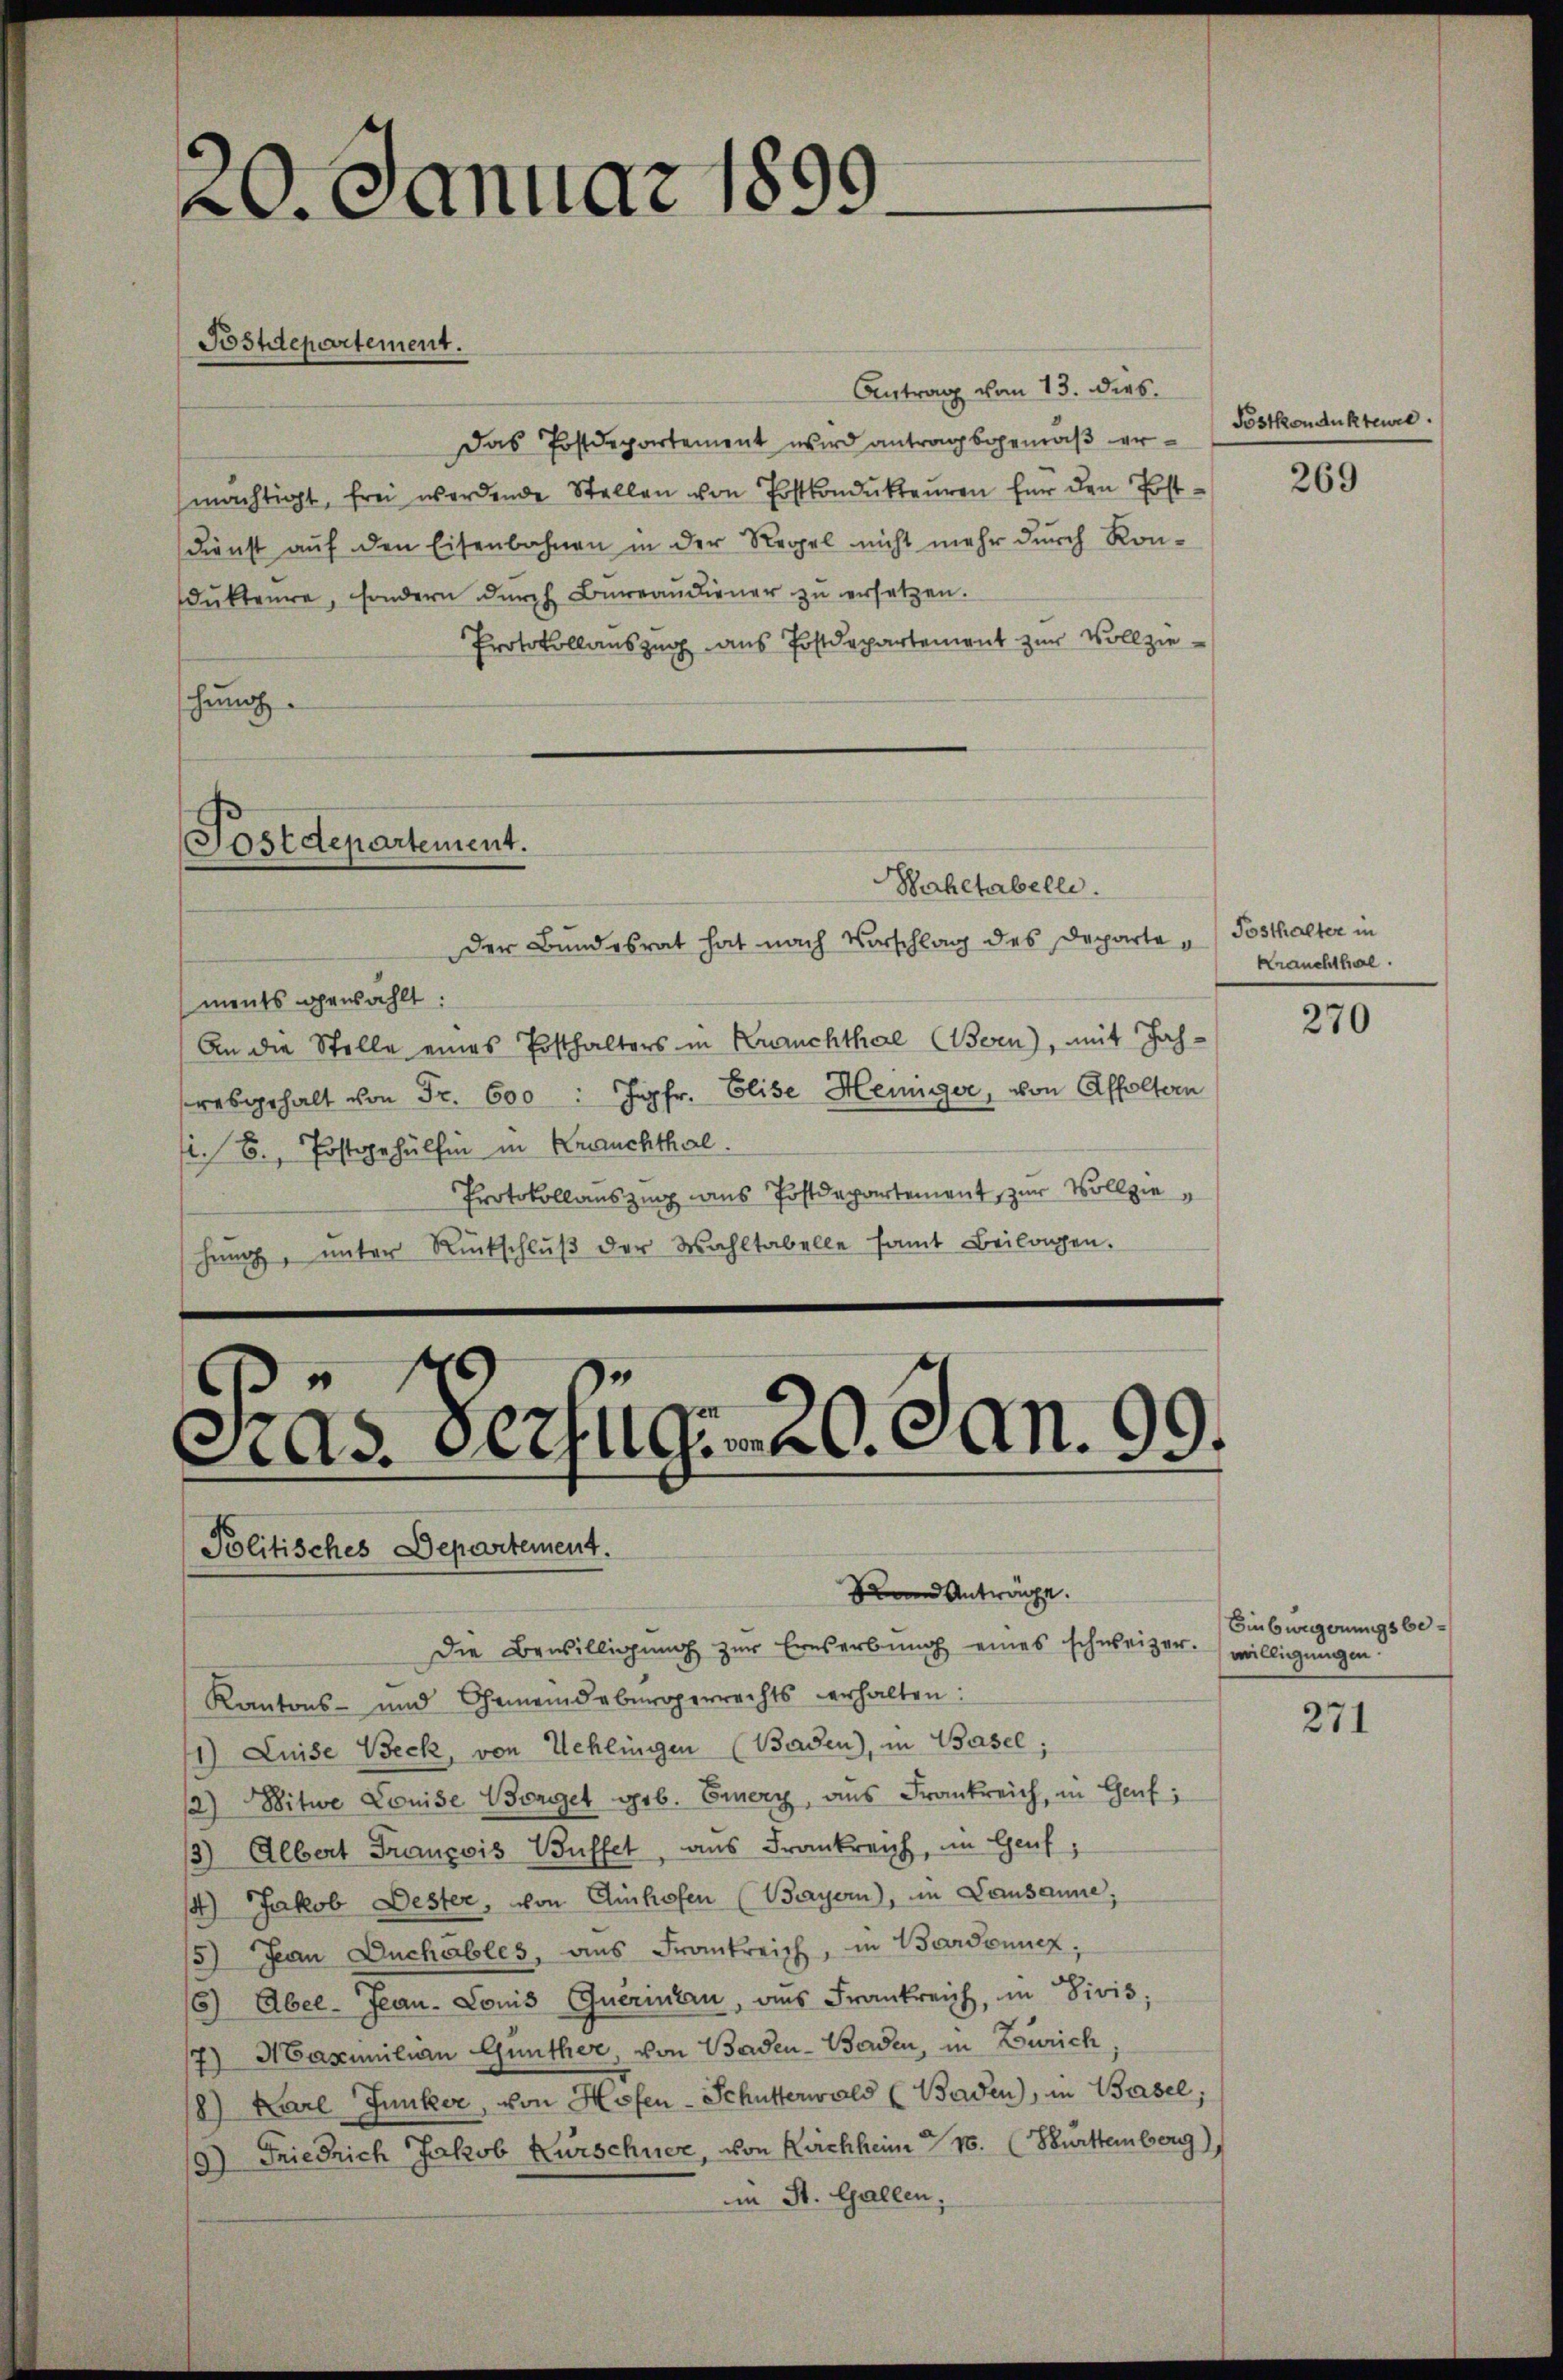
20. Januar 1899
Postdepartement.

Antrag vom 13. dies
Das Postdepartement wird antragsgemäß ermächtigt, frei werdende Stellen von Postkondukteuren für den Post¬
Dienst auf den Eisenbahnen in der Regel nicht mehr durch Kon-
dŭkteure, sondern dŭrch Büreaŭdiener zŭ ersetzen.
Protokollauszug aus Postdepartement zur Vollzieschung.

Postdepartement.

Bahltabelli.
der Bundesrat hat nach Vorschlag des Departe „Posthalter in
ments gewählt:
An die Stelle eines Posthalters in Bruchthal (Bern), mit Jahresgehalt von Fr. 600 : Jgfr. Elise Heiniger, von Affoltern
i. B., Postgehülfen in Krauchthal.
Protokollauszug aus Postdepartement zur Vollziehen, ŭnter Rückschlŭβ der Wahltabelle samt Beilagen.

Politisches Departement.
Rand Anträge.

Pras Verfügt 20. Jan. 99.

Die Bewilligŭng zŭr Ernserbŭng eines schweizer.

Kantons- und Gemeindebürgerrechts erhalten:
1) Luise Beck, von Uehlingen (Baden), in Basel;
12) Witwe Louise Borget geb. Einery, aus Frankreich, in Genf,
13) Albert François Büffet, aus Frankreich, im Genf
14) Jakob Bester, von Einhofen (Bayern), in Lausanne,
15) Jean Duchables, aus Frankreich, in Bardonnen.
16) Aber Jean Louis Querintan, aus Frankreich, in Divis;
7) Maximilian Gunther, von Baden-Baden, in Zürich
/8) Karl Junker, von Hofen-Schütterwald (Baden), in Basel,
19) Friedrich Jakob Kürschnee, von Reichheim 16. (Burttemberg),
im St. Gallen,

Postkondukteure.

269

Krauchthal.

270

Einbweggerungsbewilligungen.

271